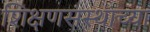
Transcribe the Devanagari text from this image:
शिक्षणसंस्थांच्या